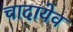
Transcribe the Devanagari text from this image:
चादायेव